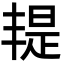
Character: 𣉄